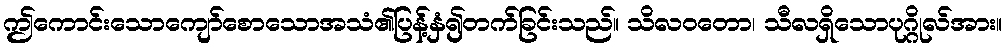
ဤကောင်းသောကျော်စောသောအသံ၏ပြန့်နှံ၍တက်ခြင်းသည်။ သိလဝတော၊ သီလရှိသောပုဂ္ဂိုလ်အား။